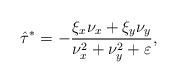
LaTeX: \begin{align*} \hat{\tau}^* = -\frac{\xi_x\nu_x + \xi_y\nu_y}{\nu_x^2 + \nu_y^2 + \varepsilon},\end{align*}